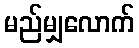
မည်မျှလောက်